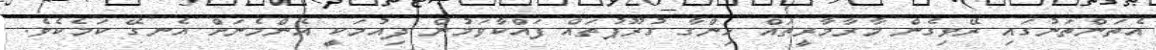
އެތަންތަނުގައި ރޭވިގެން މާރާމާރީތައް ހިންގާ ގުރޫޕުތައް ފައްކާވަމުން ދިއުމަކީ އެންމެނަށް އެނގޭ ކަމެކެވެ.